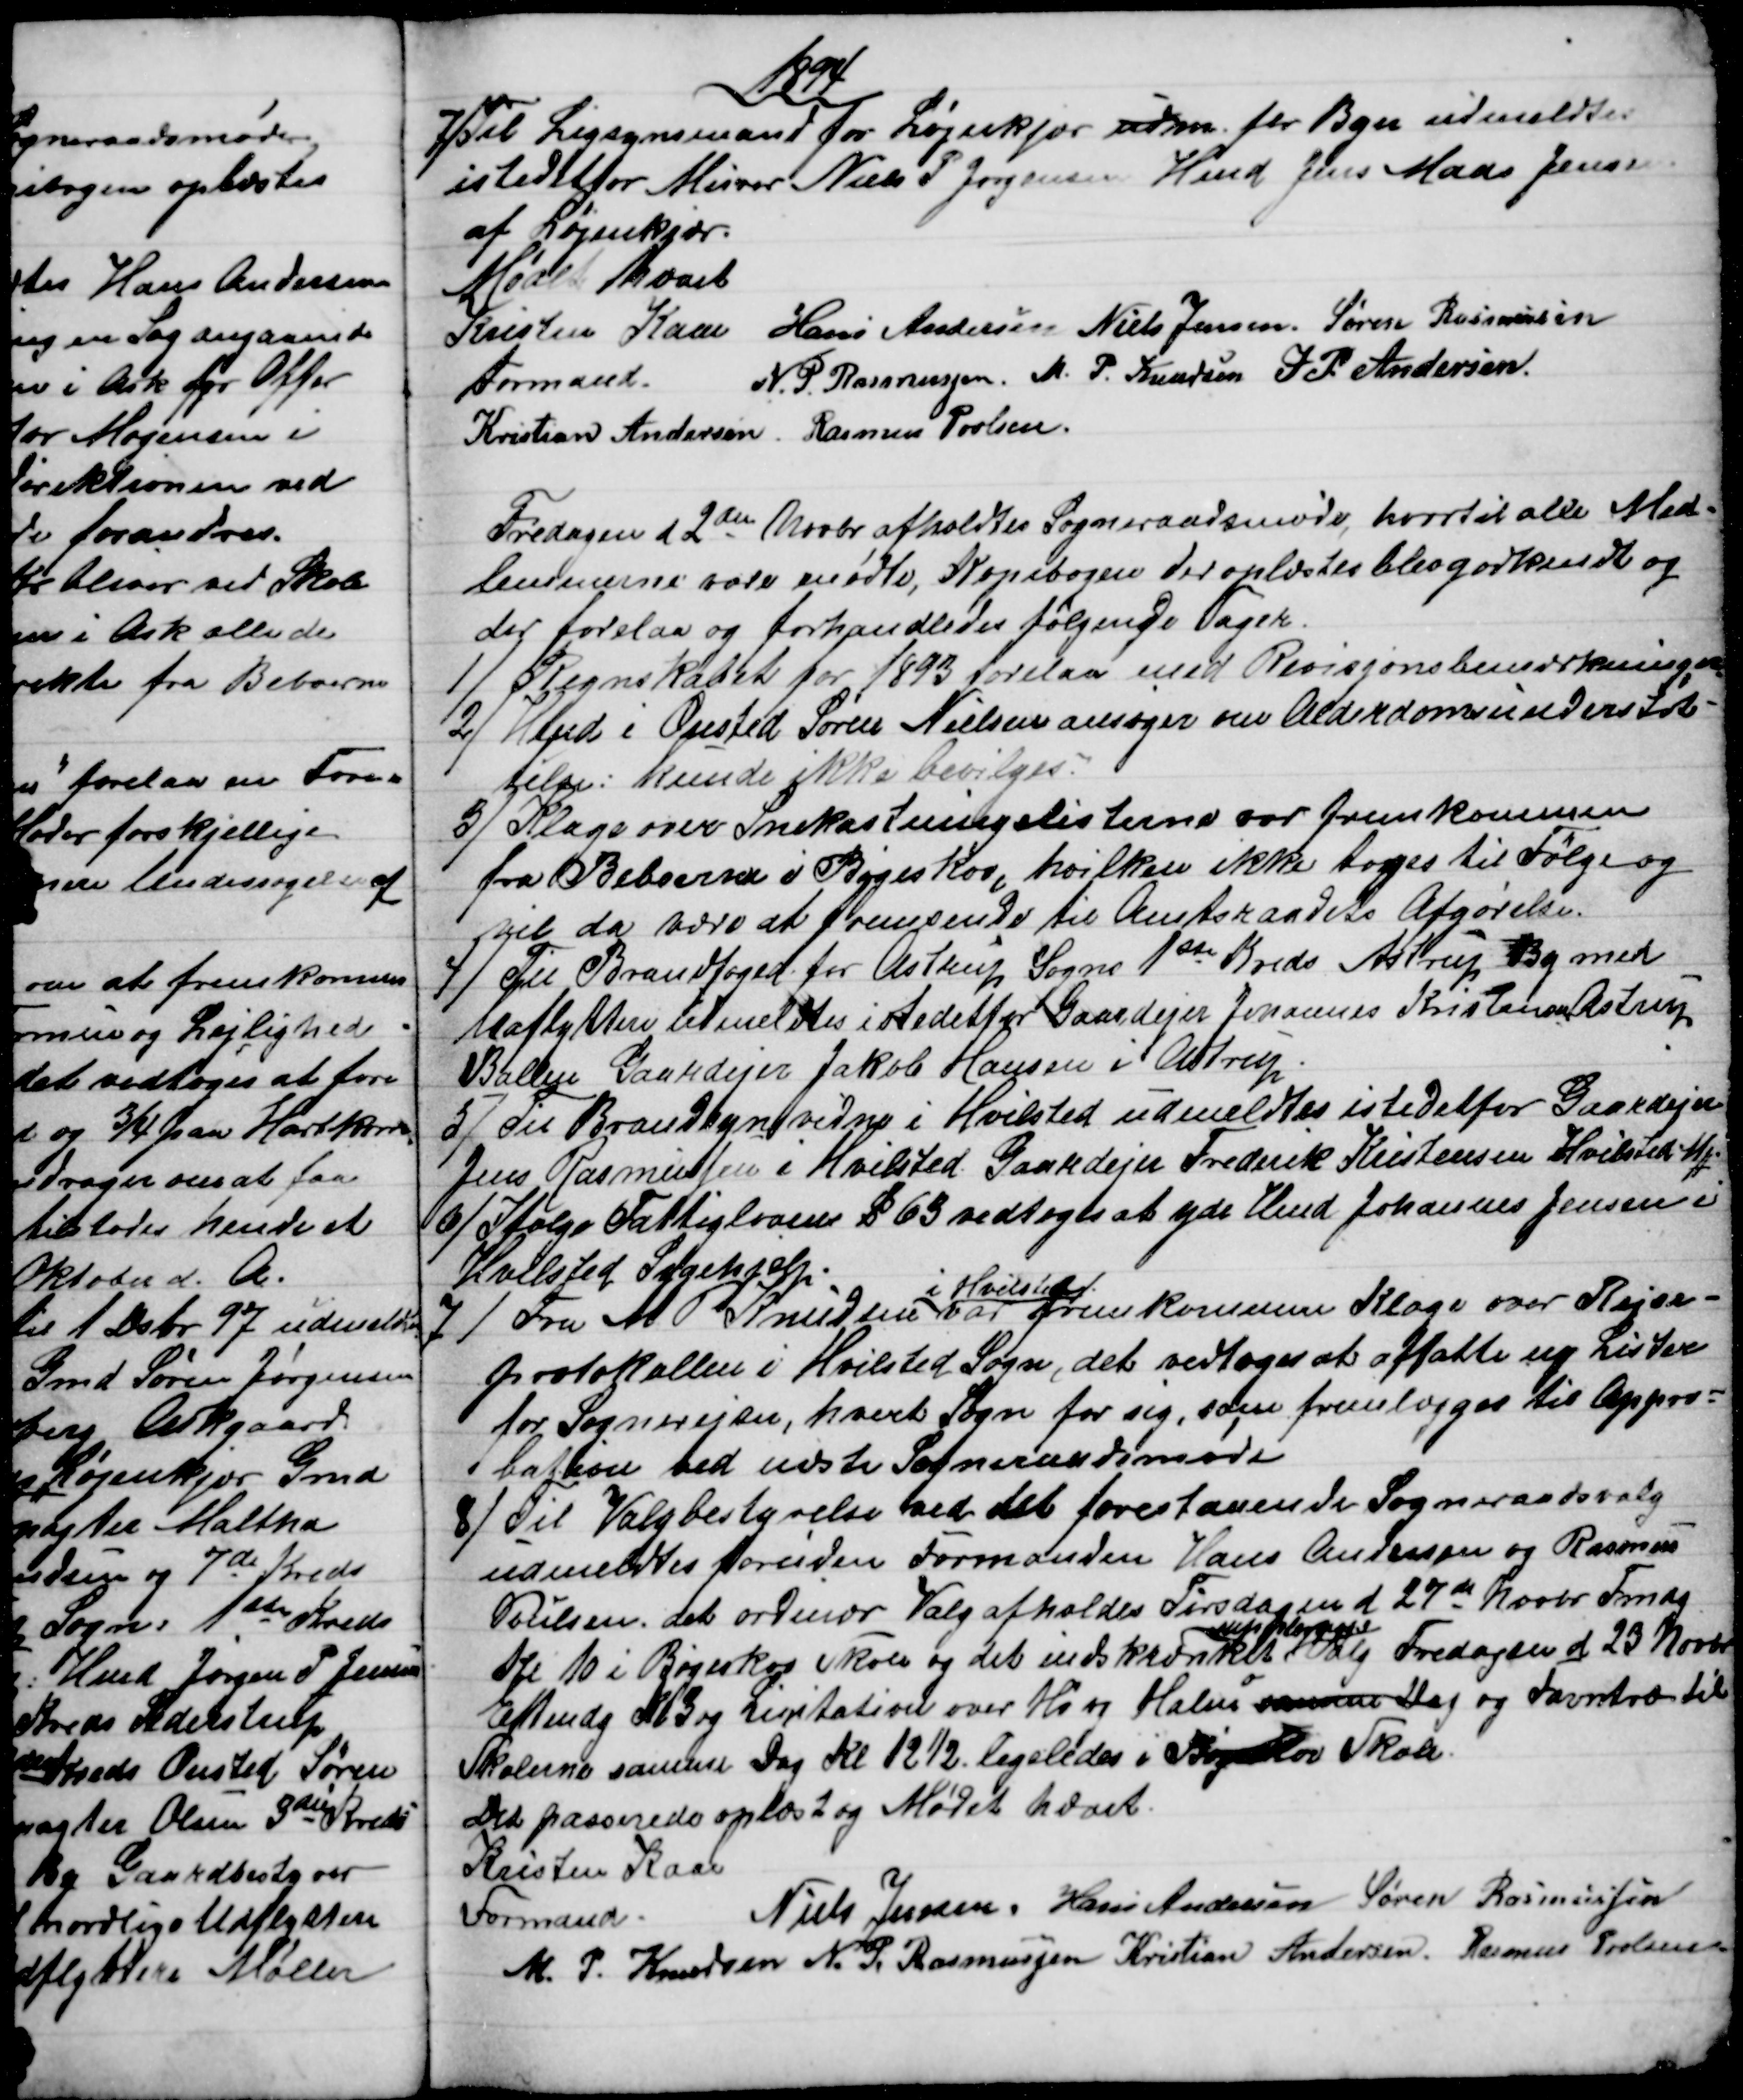
Transskription:
1894
7) Til Ligsynsmand for Løjenkjær udm for Byen udmeldtes
istedetfor Murer Niels P Jørgensen Hmd Jens Mads Jensen
af Løjenkjær.
Mødet hævet
Kristen Kaae Hans Andersen Niels Jensen Søren Rasmussen
N. P. Rasmussen. M. P. Knudsen J. P. Andersen
Formand.
Kristian Andersen. Rasmus Poulsen.
Fredagen d 2den Novbr afholdtes Sogneraadsmøde, hvortil alle Med-
lemmerne vare mødte, Kopibogen der oplæstes blev godkendt og
der forelaa og forhandledes følgende Sager.
1)
Regnskabet for 1893 forelaa med Revisjonsbemærkninger
2) 
Hmd i Onsted Søren Nielsen ansøger om Alderdomsundersøt-
telse: kunde ikke bevilges.
3) 
Klage over Snekastningslisterne var fremkommen
fra Beboerne i Bøgeskov, hvilken ikke toges til Følge og
vil da være at fremsende til Amtsraadets Afgørelse.
4) 
Til Brandfoged for Astrup Sogns 1ste Kreds Astrup By med
Udflyttere udmeldtes i stedetfor Gaardejer Johannes Kristensen Astrup
Ballen Gaardejer Jakob Hansen i Astrup
5) 
Til Brandsynsvidne i Hvilsted udmeldtes istedetfor Gaardejer
Jens Rasmussen i Hvilsted, Gaardejer Frederik Kristensen Hvilsted MH
6)
Ifølge Fattiglovens § 63 vedtoges at yde Hmd Johannes Jensen i
Hvilsted Sygehjelp.
7)
Fra M P Knudsen 
i Hvilsted
var fremkommen Klage over Rejse-
protokollen i Hvilsted Sogn, det vedtoges at affatte ny Lister
for Sognerejser, hvert Sogn for sig, som fremlægges til Appro=
bation ved næste Sogneraadsmøde
8)
Til Valgbestyrelse ved det forestaaende Sogneraadsvalg
udmeldtes foruden Formanden Hans Andersen og Rasmus
Poulsen, det ordinær Valg afholdes Tirsdagen d 27de Novbr Fmdg
Kl 10 i Bøgeskov Skole og det indskrænket 
Sogneraads
Valg Fredagen d 23 Novbr
Eftmdg Kl 3 og Licitation over Hø og Halm samme Dag og Favntræ til
Skolerne samme Dag Kl 12½ ligeledes i Bøgeskov Skole.
Det passerede oplæst og Mødet hævet.
Kristen Kaae
Formand.
Niels Jensen. Hans Andersen Søren Rasmussen
M. P. Knudsen N. P. Rasmussen Kristian Andersen Rasmus Povlsen